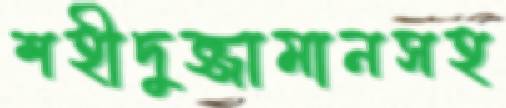
শহীদুজ্জামানসহ